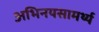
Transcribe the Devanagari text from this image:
अभिनयसामर्थ्य